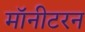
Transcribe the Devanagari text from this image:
मॉनीटरन